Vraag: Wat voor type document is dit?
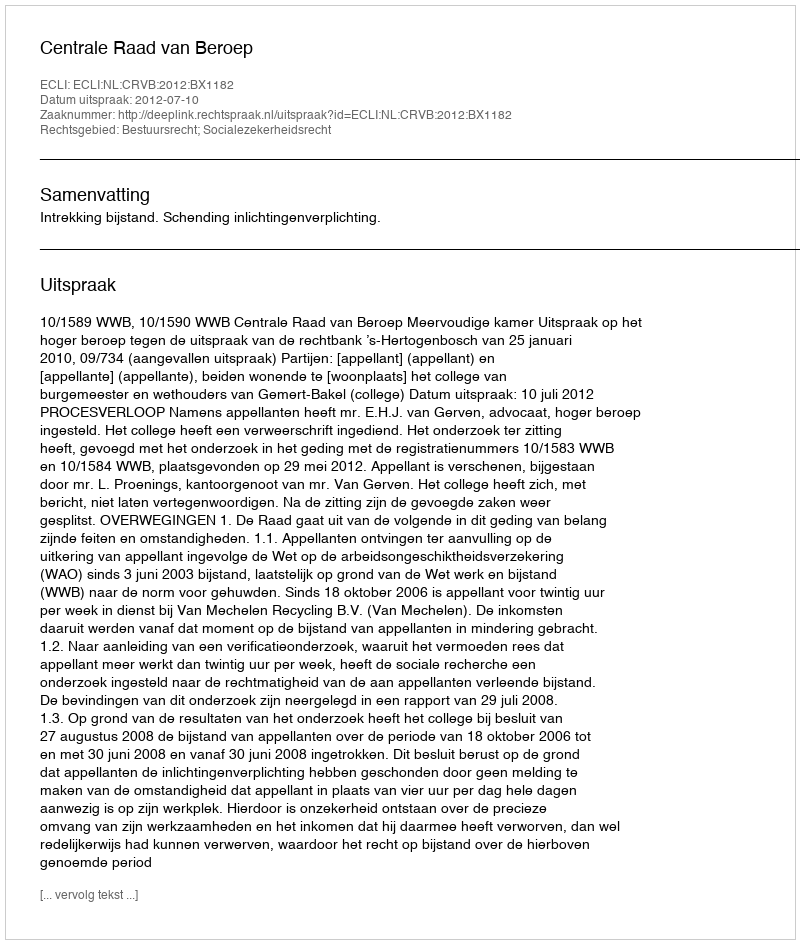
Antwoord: Uitspraak